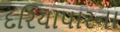
દરિયાપારના